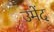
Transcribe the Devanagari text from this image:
उमेंद